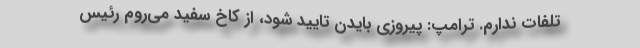
تلفات ندارم. ترامپ: پیروزی بایدن تایید شود، از کاخ سفید می‌روم رئیس